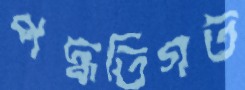
পদ্ধতিগত